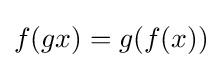
f(gx)=g(f(x))